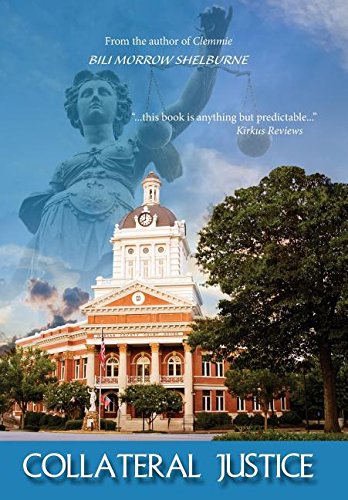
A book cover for Collateral Justice; Bili Morrow Shelburne; Mystery, Thriller & Suspense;